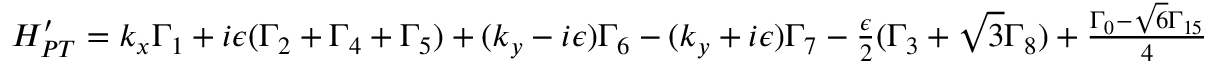
\begin{array} { r } { H _ { P T } ^ { \prime } = k _ { x } \Gamma _ { 1 } + i \epsilon ( \Gamma _ { 2 } + \Gamma _ { 4 } + \Gamma _ { 5 } ) + ( k _ { y } - i \epsilon ) \Gamma _ { 6 } - ( k _ { y } + i \epsilon ) \Gamma _ { 7 } - \frac { \epsilon } { 2 } ( \Gamma _ { 3 } + \sqrt { 3 } \Gamma _ { 8 } ) + \frac { \Gamma _ { 0 } - \sqrt { 6 } \Gamma _ { 1 5 } } { 4 } } \end{array}